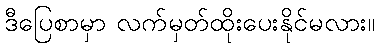
ဒီပြေစာမှာ လက်မှတ်ထိုးပေးနိုင်မလား။